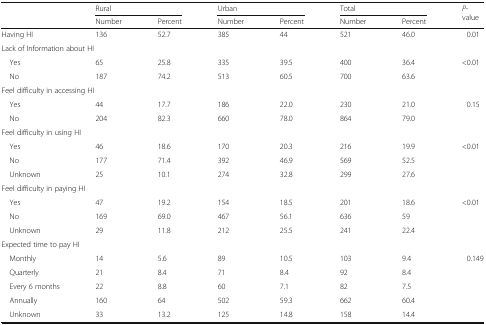
| <ROWSPAN=2>  | <COLSPAN=2> Rural | <COLSPAN=2> Urban | <COLSPAN=2> Total | <ROWSPAN=2> P-value |
 | Number | Percent | Number | Percent | Number | Percent |
 | --- | --- | --- | --- | --- | --- | --- | --- |
 | Having HI | 136 | 52.7 | 385 | 44 | 521 | 46.0 | 0.01 |
 | <COLSPAN=8> Lack of Information about HI |
 | Yes | 65 | 25.8 | 335 | 39.5 | 400 | 36.4 | <ROWSPAN=2> <0.01 |
 | No | 187 | 74.2 | 513 | 60.5 | 700 | 63.6 |
 | <COLSPAN=8> Feel difficulty in accessing HI |
 | Yes | 44 | 17.7 | 186 | 22.0 | 230 | 21.0 | <ROWSPAN=2> 0.15 |
 | No | 204 | 82.3 | 660 | 78.0 | 864 | 79.0 |
 | <COLSPAN=8> Feel difficulty in using HI |
 | Yes | 46 | 18.6 | 170 | 20.3 | 216 | 19.9 | <ROWSPAN=3> <0.01 |
 | No | 177 | 71.4 | 392 | 46.9 | 569 | 52.5 |
 | Unknown | 25 | 10.1 | 274 | 32.8 | 299 | 27.6 |
 | <COLSPAN=8> Feel difficulty in paying HI |
 | Yes | 47 | 19.2 | 154 | 18.5 | 201 | 18.6 | <ROWSPAN=3> <0.01 |
 | No | 169 | 69.0 | 467 | 56.1 | 636 | 59 |
 | Unknown | 29 | 11.8 | 212 | 25.5 | 241 | 22.4 |
 | <COLSPAN=8> Expected time to pay HI |
 | Monthly | 14 | 5.6 | 89 | 10.5 | 103 | 9.4 | <ROWSPAN=5> 0.149 |
 | Quarterly | 21 | 8.4 | 71 | 8.4 | 92 | 8.4 |
 | Every 6 months | 22 | 8.8 | 60 | 7.1 | 82 | 7.5 |
 | Annually | 160 | 64 | 502 | 59.3 | 662 | 60.4 |
 | Unknown | 33 | 13.2 | 125 | 14.8 | 158 | 14.4 |